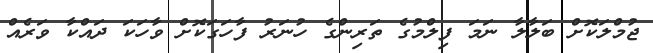
ޖުމްލަކޮށް ބަލާލާ ނަމަ ފިލްމުގެ ތަރިންގެ ހުނަރު ފާހަގަކޮށް ވާހަކަ ދައްކާ ވަރެއް